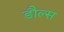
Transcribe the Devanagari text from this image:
डौल्स